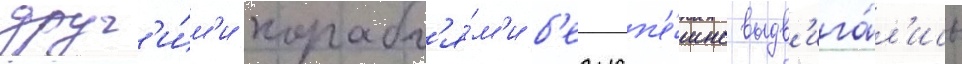
друг'и́м'и корабл'я́м'и б'езусп'е́шно выдв'ига́л'ись